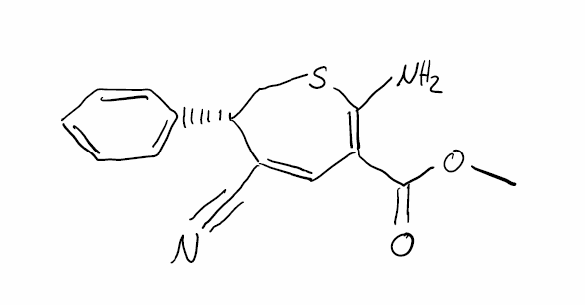
Simplified molecular-input line-entry system (SMILES) notation of the given molecule:
COC(=O)C1=C(SC[C@H](C(=C1)C#N)C2=CC=CC=C2)N